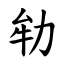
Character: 劺